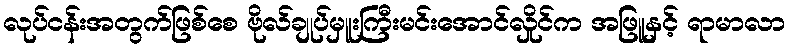
လုပ်ငန်းအတွက်ဖြစ်စေ ဗိုလ်ချုပ်မှူးကြီးမင်းအောင်လှိုင်က အဖြူနှင့် ရာမာလာ